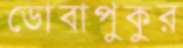
ডোবাপুকুর